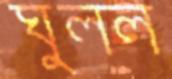
ঘুলল